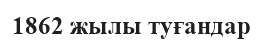
1862 жылы туғандар